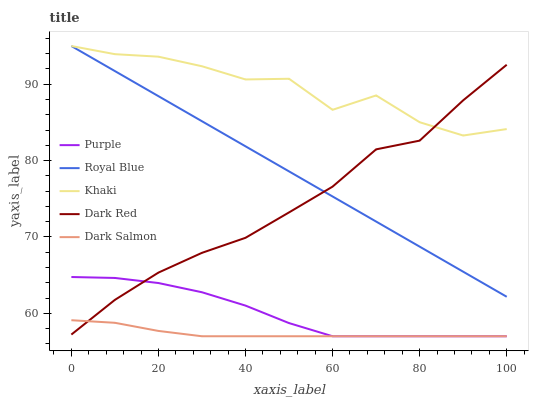
| xaxis_label | Purple | Royal Blue | Khaki | Dark Red | Dark Salmon |
 | --- | --- | --- | --- | --- | --- |
 | 0 | 64.8 | 95 | 95 | 57.2 | 59.1 |
 | 10 | 64.6 | 91.7 | 93.9 | 61.8 | 58.8 |
 | 20 | 64 | 88.4 | 93.6 | 65.3 | 57.7 |
 | 30 | 62.8 | 85.2 | 92.4 | 67.9 | 57 |
 | 40 | 61 | 81.9 | 90.6 | 69.9 | 57 |
 | 50 | 58.7 | 78.6 | 90.7 | 73.2 | 57 |
 | 60 | 57 | 75.3 | 86.6 | 76.6 | 57 |
 | 70 | 57 | 72 | 88.5 | 81.5 | 57 |
 | 80 | 57 | 68.7 | 85 | 82.6 | 57 |
 | 90 | 57 | 65.5 | 83.3 | 87.9 | 57 |
 | 100 | 57 | 62.2 | 84.1 | 92.5 | 57 |